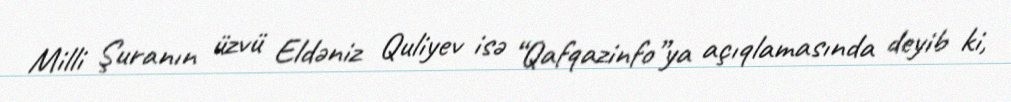
Milli Şuranın üzvü Eldəniz Quliyev isə “Qafqazinfo”ya açıqlamasında deyib ki,